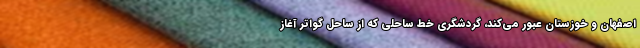
اصفهان و خوزستان عبور می‌کند، گردشگری خط ساحلی که از ساحل گواتر آغاز